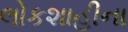
લોકશાહીના